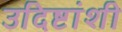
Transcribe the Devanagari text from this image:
उदिष्टांशी